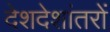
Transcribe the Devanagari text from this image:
देशदेशांतरों